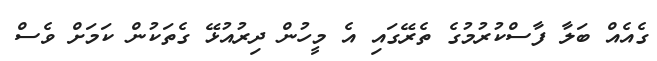
ގެއެއް ބަލާ ފާސްކުރުމުގެ ތެރޭގައި އެ މީހުން ދިރުއުޅޭ ގެތަކުން ކަމަށް ވެސް